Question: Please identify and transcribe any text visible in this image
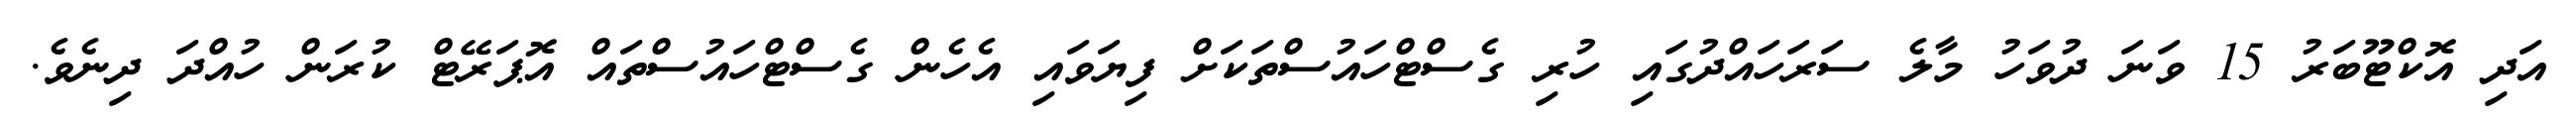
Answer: އަދި އޮކްޓޫބަރު 15 ވަނަ ދުވަހު މާލެ ސަރަހައްދުގައި ހުރި ގެސްޓްހައުސްތަކަށް ފިޔަވައި އެހެން ގެސްޓްހައުސްތައް އޮޕަރޭޓް ކުރަން ހުއްދަ ދިނެވެ.